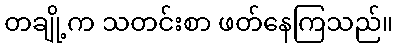
တချို့က သတင်းစာ ဖတ်နေကြသည်။